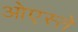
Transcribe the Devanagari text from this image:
ओएस्ते